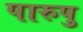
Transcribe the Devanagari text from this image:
पारुपु